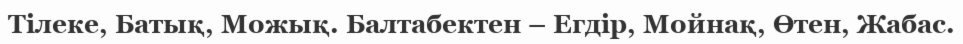
Тілеке, Батық, Можық. Балтабектен – Егдір, Мойнақ, Өтен, Жабас.